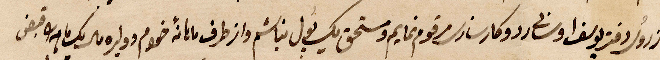
زورك دفتر يوسف ... ردو كارت مرقوم نمايم ومستحق بول نباشم وازطرف مائة خصوم دوليرة ...